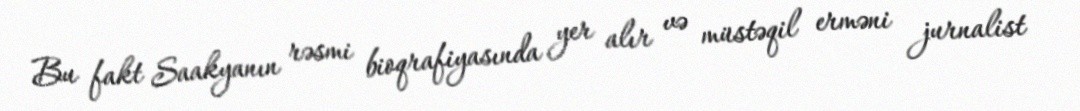
Bu fakt Saakyanın rəsmi bioqrafiyasında yer alır və müstəqil erməni jurnalist